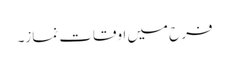
فرح میں اوقات نماز۔